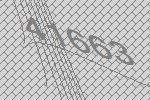
41663